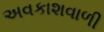
અવકાશવાળી